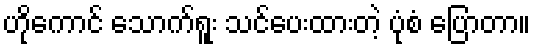
ဟိုကောင် သောက်ရူး သင်ပေးထားတဲ့ ပုံစံ ပြောတာ။